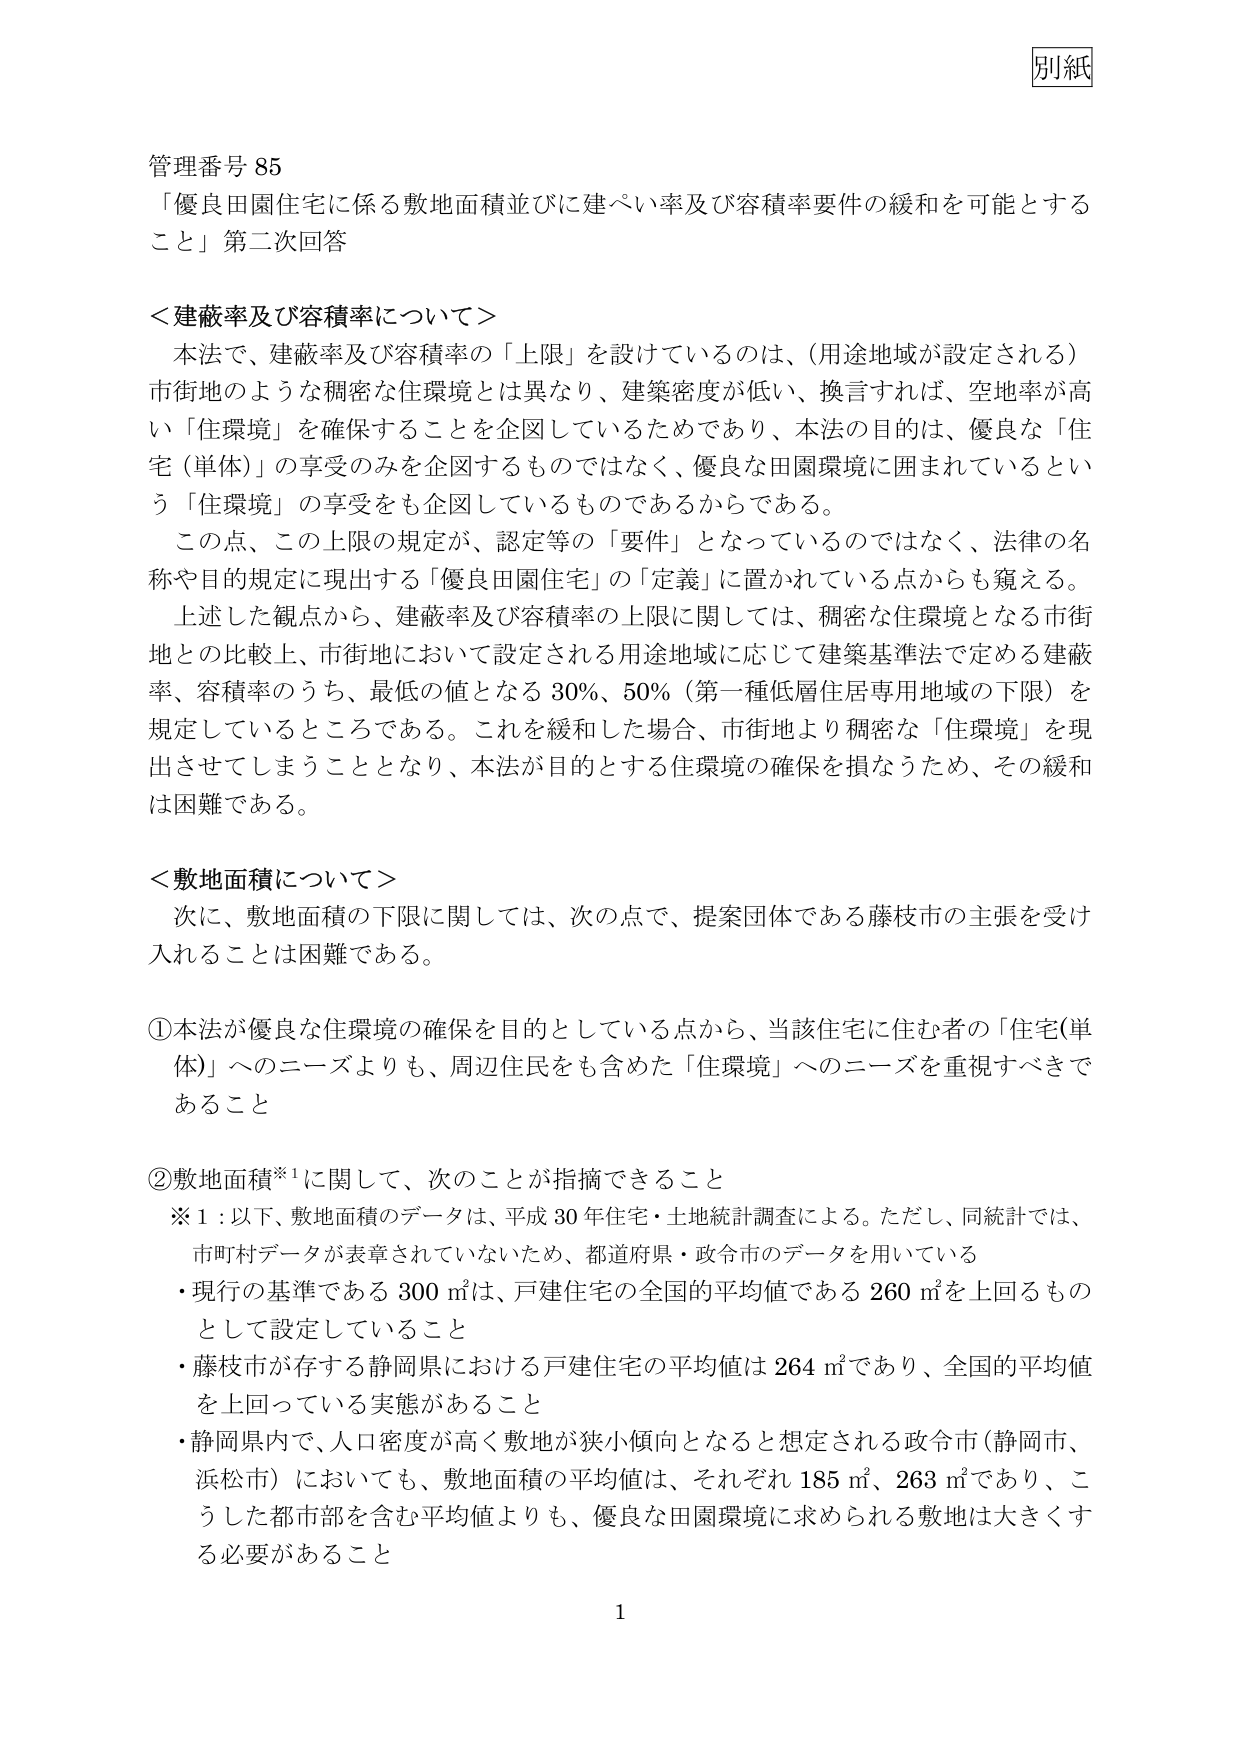
別紙

管理番号 85
「優良田園住宅に係る敷地面積並びに建ぺい率及び容積率要件の緩和を可能とする
こと」第二次回答

＜建蔽率及び容積率について＞
本法で、建蔽率及び容積率の「上限」を設けているのは、（用途地域が設定される）
市街地のような稠密な住環境とは異なり、建築密度が低い、換言すれば、空地率が高
い「住環境」を確保することを企図しているためであり、本法の目的は、優良な「住
宅（単体）」の享受のみを企図するものではなく、優良な田園環境に囲まれているとい
う「住環境」の享受をも企図しているものであるからである。
この点、この上限の規定が、認定等の「要件」となっているのではなく、法律の名
称や目的規定に現出する「優良田園住宅」の「定義」に置かれている点からも窺える。
上述した観点から、建蔽率及び容積率の上限に関しては、稠密な住環境となる市街
地との比較上、市街地において設定される用途地域に応じて建築基準法で定める建蔽
率、容積率のうち、最低の値となる 30%、50%（第一種低層住居専用地域の下限）を
規定しているところである。これを緩和した場合、市街地より稠密な「住環境」を現
出させてしまうこととなり、本法が目的とする住環境の確保を損なうため、その緩和
は困難である。

＜敷地面積について＞
次に、敷地面積の下限に関しては、次の点で、提案団体である藤枝市の主張を受け
入れることは困難である。

①本法が優良な住環境の確保を目的としている点から、当該住宅に住む者の「住宅(単
体)」へのニーズよりも、周辺住民をも含めた「住環境」へのニーズを重視すべきで
あること

②敷地面積※¹に関して、次のことが指摘できること
※1：以下、敷地面積のデータは、平成30年住宅・土地統計調査による。ただし、同統計では、
市町村データが表章されていないため、都道府県・政令市のデータを用いている
・現行の基準である 300 ㎡は、戸建住宅の全国的平均値である 260 ㎡を上回るもの
として設定していること
・藤枝市が存する静岡県における戸建住宅の平均値は 264 ㎡であり、全国的平均値
を上回っている実態があること
・静岡県内で、人口密度が高く敷地が狭小傾向となると想定される政令市（静岡市、
浜松市）においても、敷地面積の平均値は、それぞれ 185 ㎡、263 ㎡であり、こ
うした都市部を含む平均値よりも、優良な田園環境に求められる敷地は大きくす
る必要があること

1